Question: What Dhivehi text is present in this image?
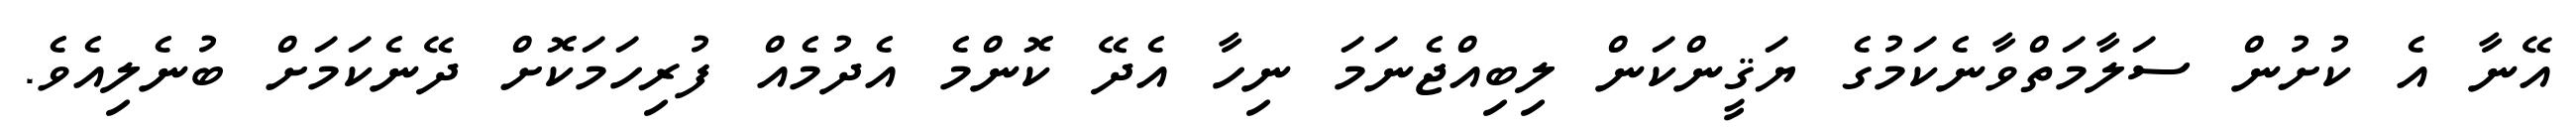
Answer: އޭނާ އެ ކުށުން ސަލާމަތްވާނެކަމުގެ ޔަޤީންކަން ލިބިއްޖެނަމަ ނިހާ އެދޭ ކޮންމެ އެދުމެއް ފުރިހަމަކޮށް ދޭނެކަމަށް ބުނެލިއެވެ.